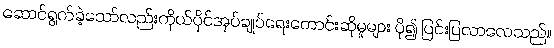
ဆောင်ရွက်ခဲ့သော်လည်းကိုယ်ပိုင်အုပ်ချုပ်ရေးတောင်းဆိုမှုများ ပို၍ ပြင်းပြလာလေသည်။